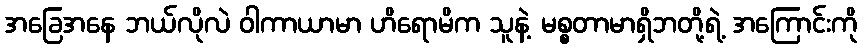
အခြေအနေ ဘယ်လိုလဲ ဝါကာယာမာ ဟိရောမိက သူနဲ့ မစ္စတာမာရှိဘတို့ရဲ့ အကြောင်းကို